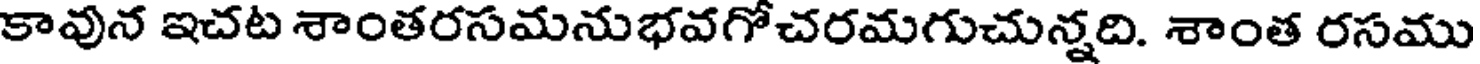
కావున ఇచట శాంతరసమనుభవగోచరమగుచున్నది. శాంత రసము